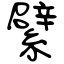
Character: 繴